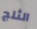
الثلج